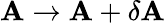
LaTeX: \mathbf{A}\to\mathbf{A}+\delta\mathbf{A}